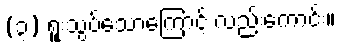
(၃) ရူးသွပ်သောကြောင့် လည်းကောင်း။